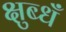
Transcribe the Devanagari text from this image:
क्षुब्धँ